Civil Veterinary Department Bihar & Orissa reports 1929-36 - 1929-1936
Year: 1929
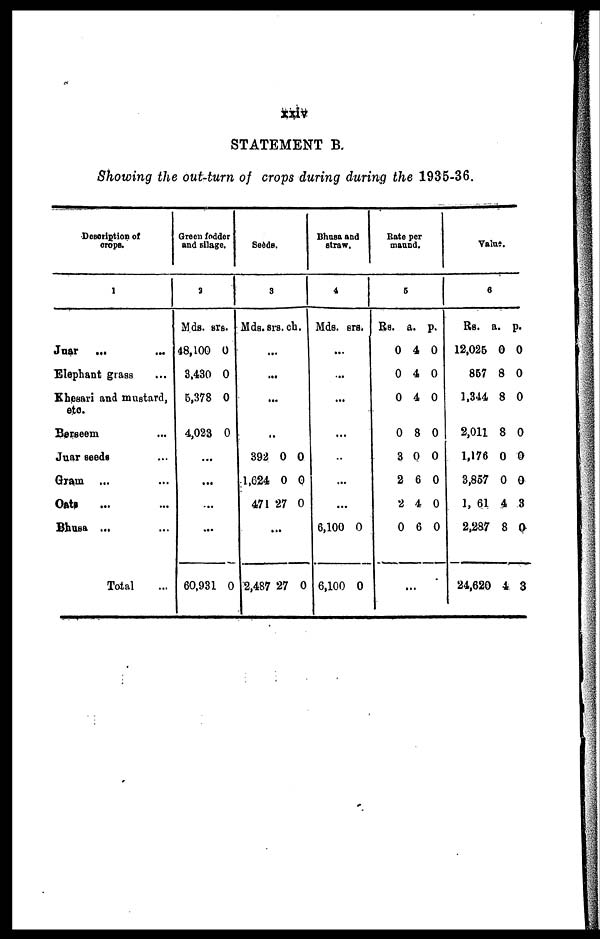
xxiv
STATEMENT B.
Showing the out-turn of crops during during the 1935-36.
Description of
crope.
1
Juar
... ...
Elephant grass
Khesari and mustard,
etc.
Berseem ...
Juar seeds ...
Gram ... ...
Oats ... ...
Bhusa ... ...
Total
Green fodder
and silage.
2
Mds.
48,100
3,430
6,378
4,023
srs.
0
0
0
0
...
...
...
...
60,931 0
Seeds.
3
Mds. srs. ch.
...
...
...
..
392
1,624
471
0
0
27
0
0
0
...
2,487 27 0
Bhusa and
straw.
4
Mds. srs.
...
...
...
...
..
...
...
6,100
6,100
0
0
Rate per
maund.
5
Rs.
0
0
0
0
3
2
2
0
a.
4
4
4
8
0
6
4
6
p.
0
0
0
0
0
0
0
0
Value.
6
Rs.
12,025
867
1,344
2,011
1,176
3,857
1, 61
2,287
24,620
a.
0
8
8
8
0
0
4
8
4
p.
0
0
0
0
0
0
3
0
3